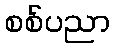
စစ်ပညာ